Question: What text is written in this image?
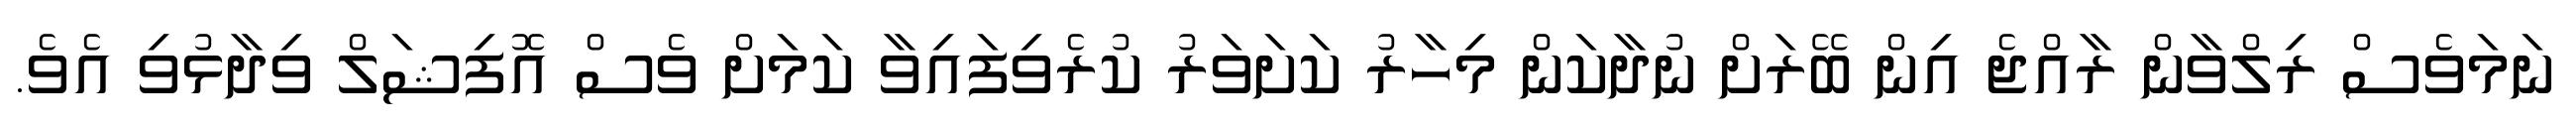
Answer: ނަމަވެސް ރިލްވާން ރާއްޖެ އިން ބޭރަށް ނުދާކަން މިހާރު ކަށަވަރު ކުރެވިފައިވާ ކަމަށް ވެސް އޮފިޝަލް ވިދާޅުވި އެވެ.